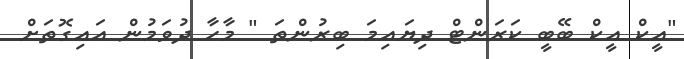
"އީކް އީކް ބޭބީ ކަރަންޓް ދިޔައިމަ ބިރުންތަ " މާހާ ދުވަމުން އައިގޮތަށް